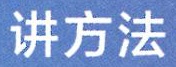
讲方法